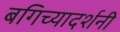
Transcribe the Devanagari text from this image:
बगिच्यादर्शनी